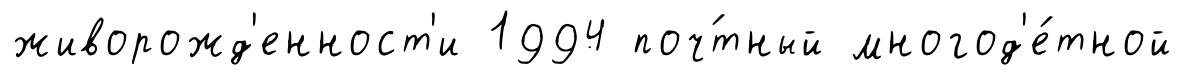
живорожд'енност'и 1994 поч́тный многод'е́тной